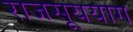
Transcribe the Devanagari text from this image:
राजसूययाग